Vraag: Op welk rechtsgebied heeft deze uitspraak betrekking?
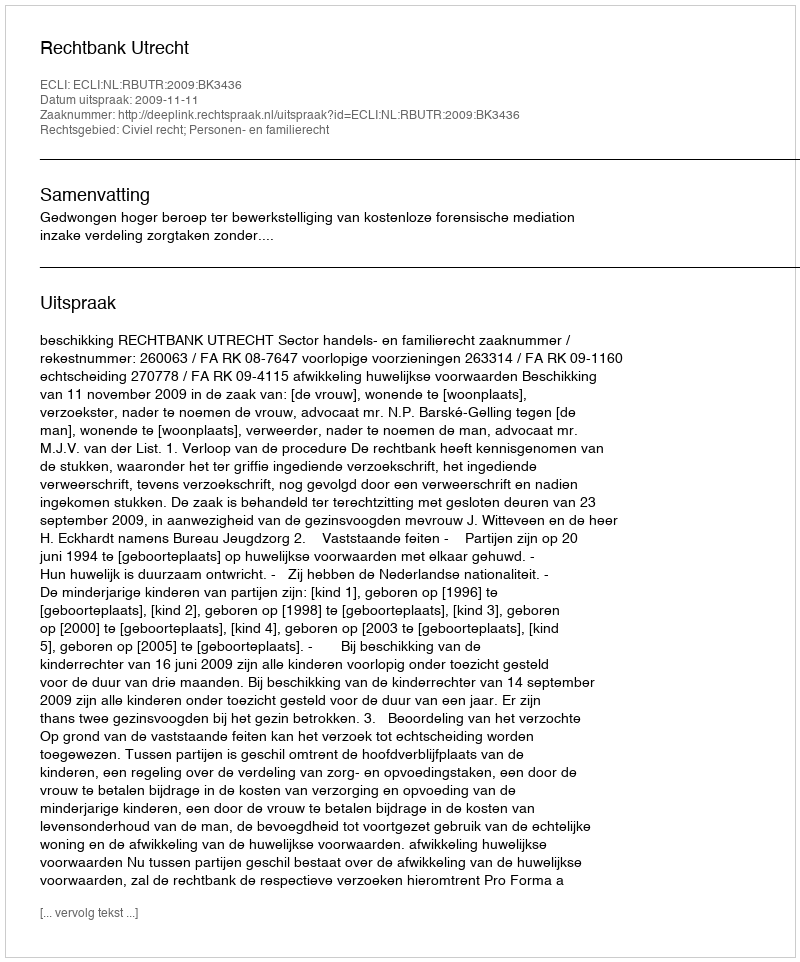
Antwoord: Civiel recht; Personen- en familierecht